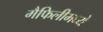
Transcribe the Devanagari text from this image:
मैफिलीमध्ये